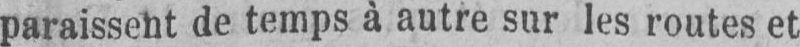
paraissent de temps à autre sur les routes et